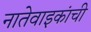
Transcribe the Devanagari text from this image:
नातेवाइकांची